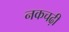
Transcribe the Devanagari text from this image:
नकचढ़ी